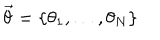
\vec { \theta } = \{ \theta _ { 1 } , \ldots , \theta _ { N } \}